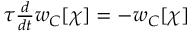
\begin{array} { r } { \tau { \frac { d } { d t } } w _ { C } [ \chi ] = - w _ { C } [ \chi ] } \end{array}